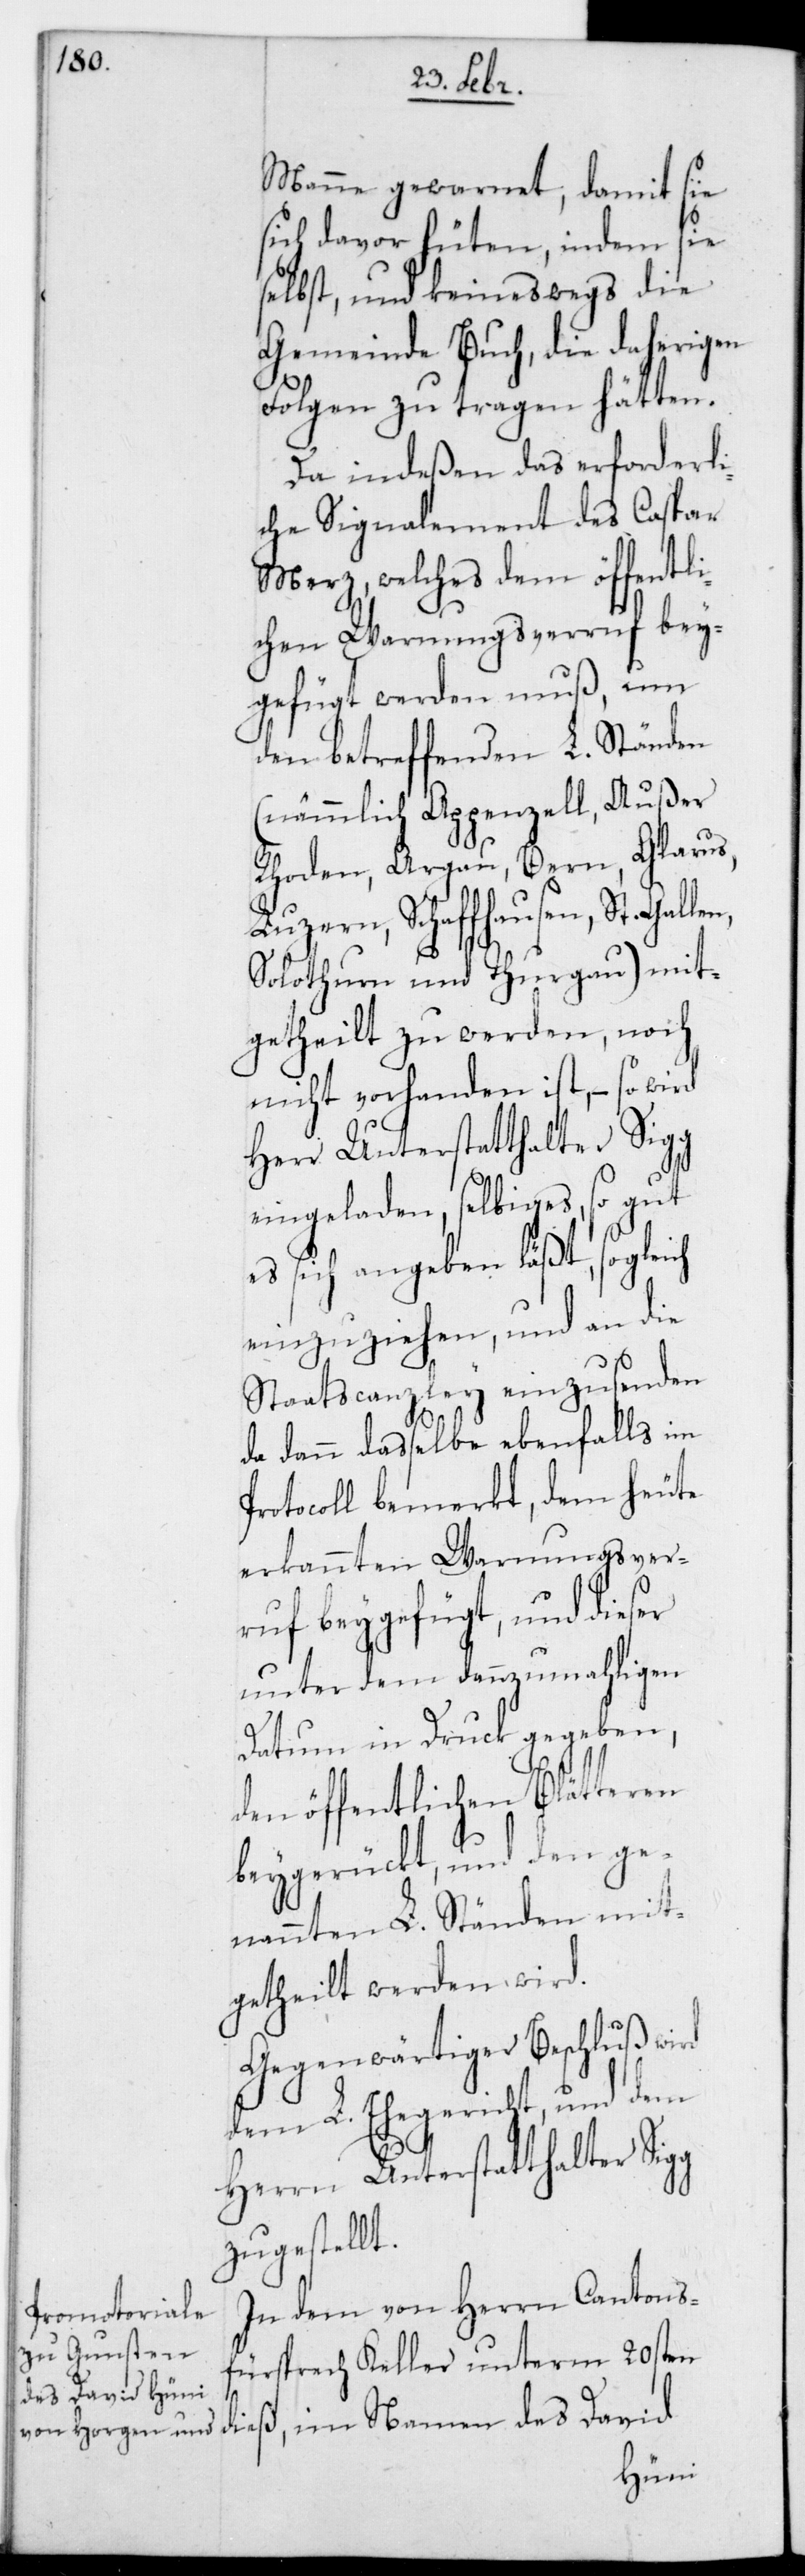
Manne gewarnet, damit sie
sich davor hüten, indem sie
selbst, und keineswegs die
Gemeinde Buch, die daherigen
Folgen zu tragen hätten.
Da indeßen das erforderli¬
che Signalement des Caspar
Merz, welches dem öffentli¬
chen Warnungsverruf bey¬
gefügt werden muß, um
den betreffenden L. Ständen
(nämmlich Appenzell Außer
Rhoden, Argau, Bern, Glarus,
Luzern, Schaffhausen, St. Gal¬
Solothurn und Thurgau) mit¬
getheilt zu werden, noch
nicht vorhanden ist, – so wird
Herrn Unterstatthalter Sigg
eingeladen, selbiges, so gut
es sich angeben läßt, sogleich
einzuziehen, und an die
Staatscanzley einzusenden,
da dann daßelbe ebenfalls im
Protocoll bemerkt, dem heute
erkannten Warnungsver¬
ruf beygefügt, und dieser
unter dem dannzumahligen
Datum in Druck gegeben,
den öffentlichen Blätteren
beygerückt, und den ge¬
nannten L. Ständen mit¬
getheilt werden wird.
Gegenwärtiger Beschluß wird
dem L. Ehegericht und dem
zugestellt.
In dem von Herrn Cantons¬
fürsprech Keller unterm 20sten
dieß, im Namen des David
len,